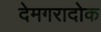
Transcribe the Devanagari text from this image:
देमगरादोक